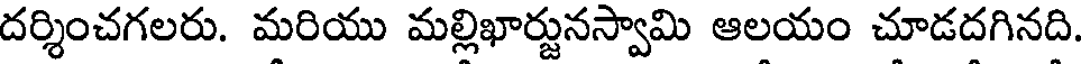
దర్శించగలరు. మరియు మల్లిఖార్జునస్వామి ఆలయం చూడదగినది